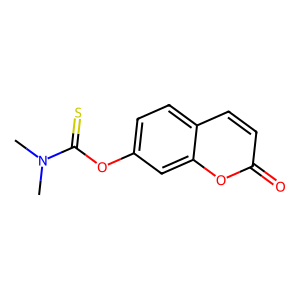
SMILES: CN(C)C(=S)Oc1ccc2ccc(=O)oc2c1
Inhibits HIV replication: No